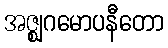
အဇ္ဈဂမောပနီတော